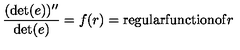
{ \frac { ( \det ( e ) ) ^ { \prime \prime } } { \det ( e ) } } = f ( r ) = \mathrm { r e g u l a r f u n c t i o n o f } r